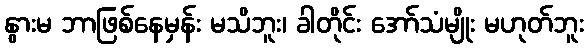
နွားမ ဘာဖြစ်နေမှန်း မသိဘူး၊ ခါတိုင်း အော်သံမျိုး မဟုတ်ဘူး